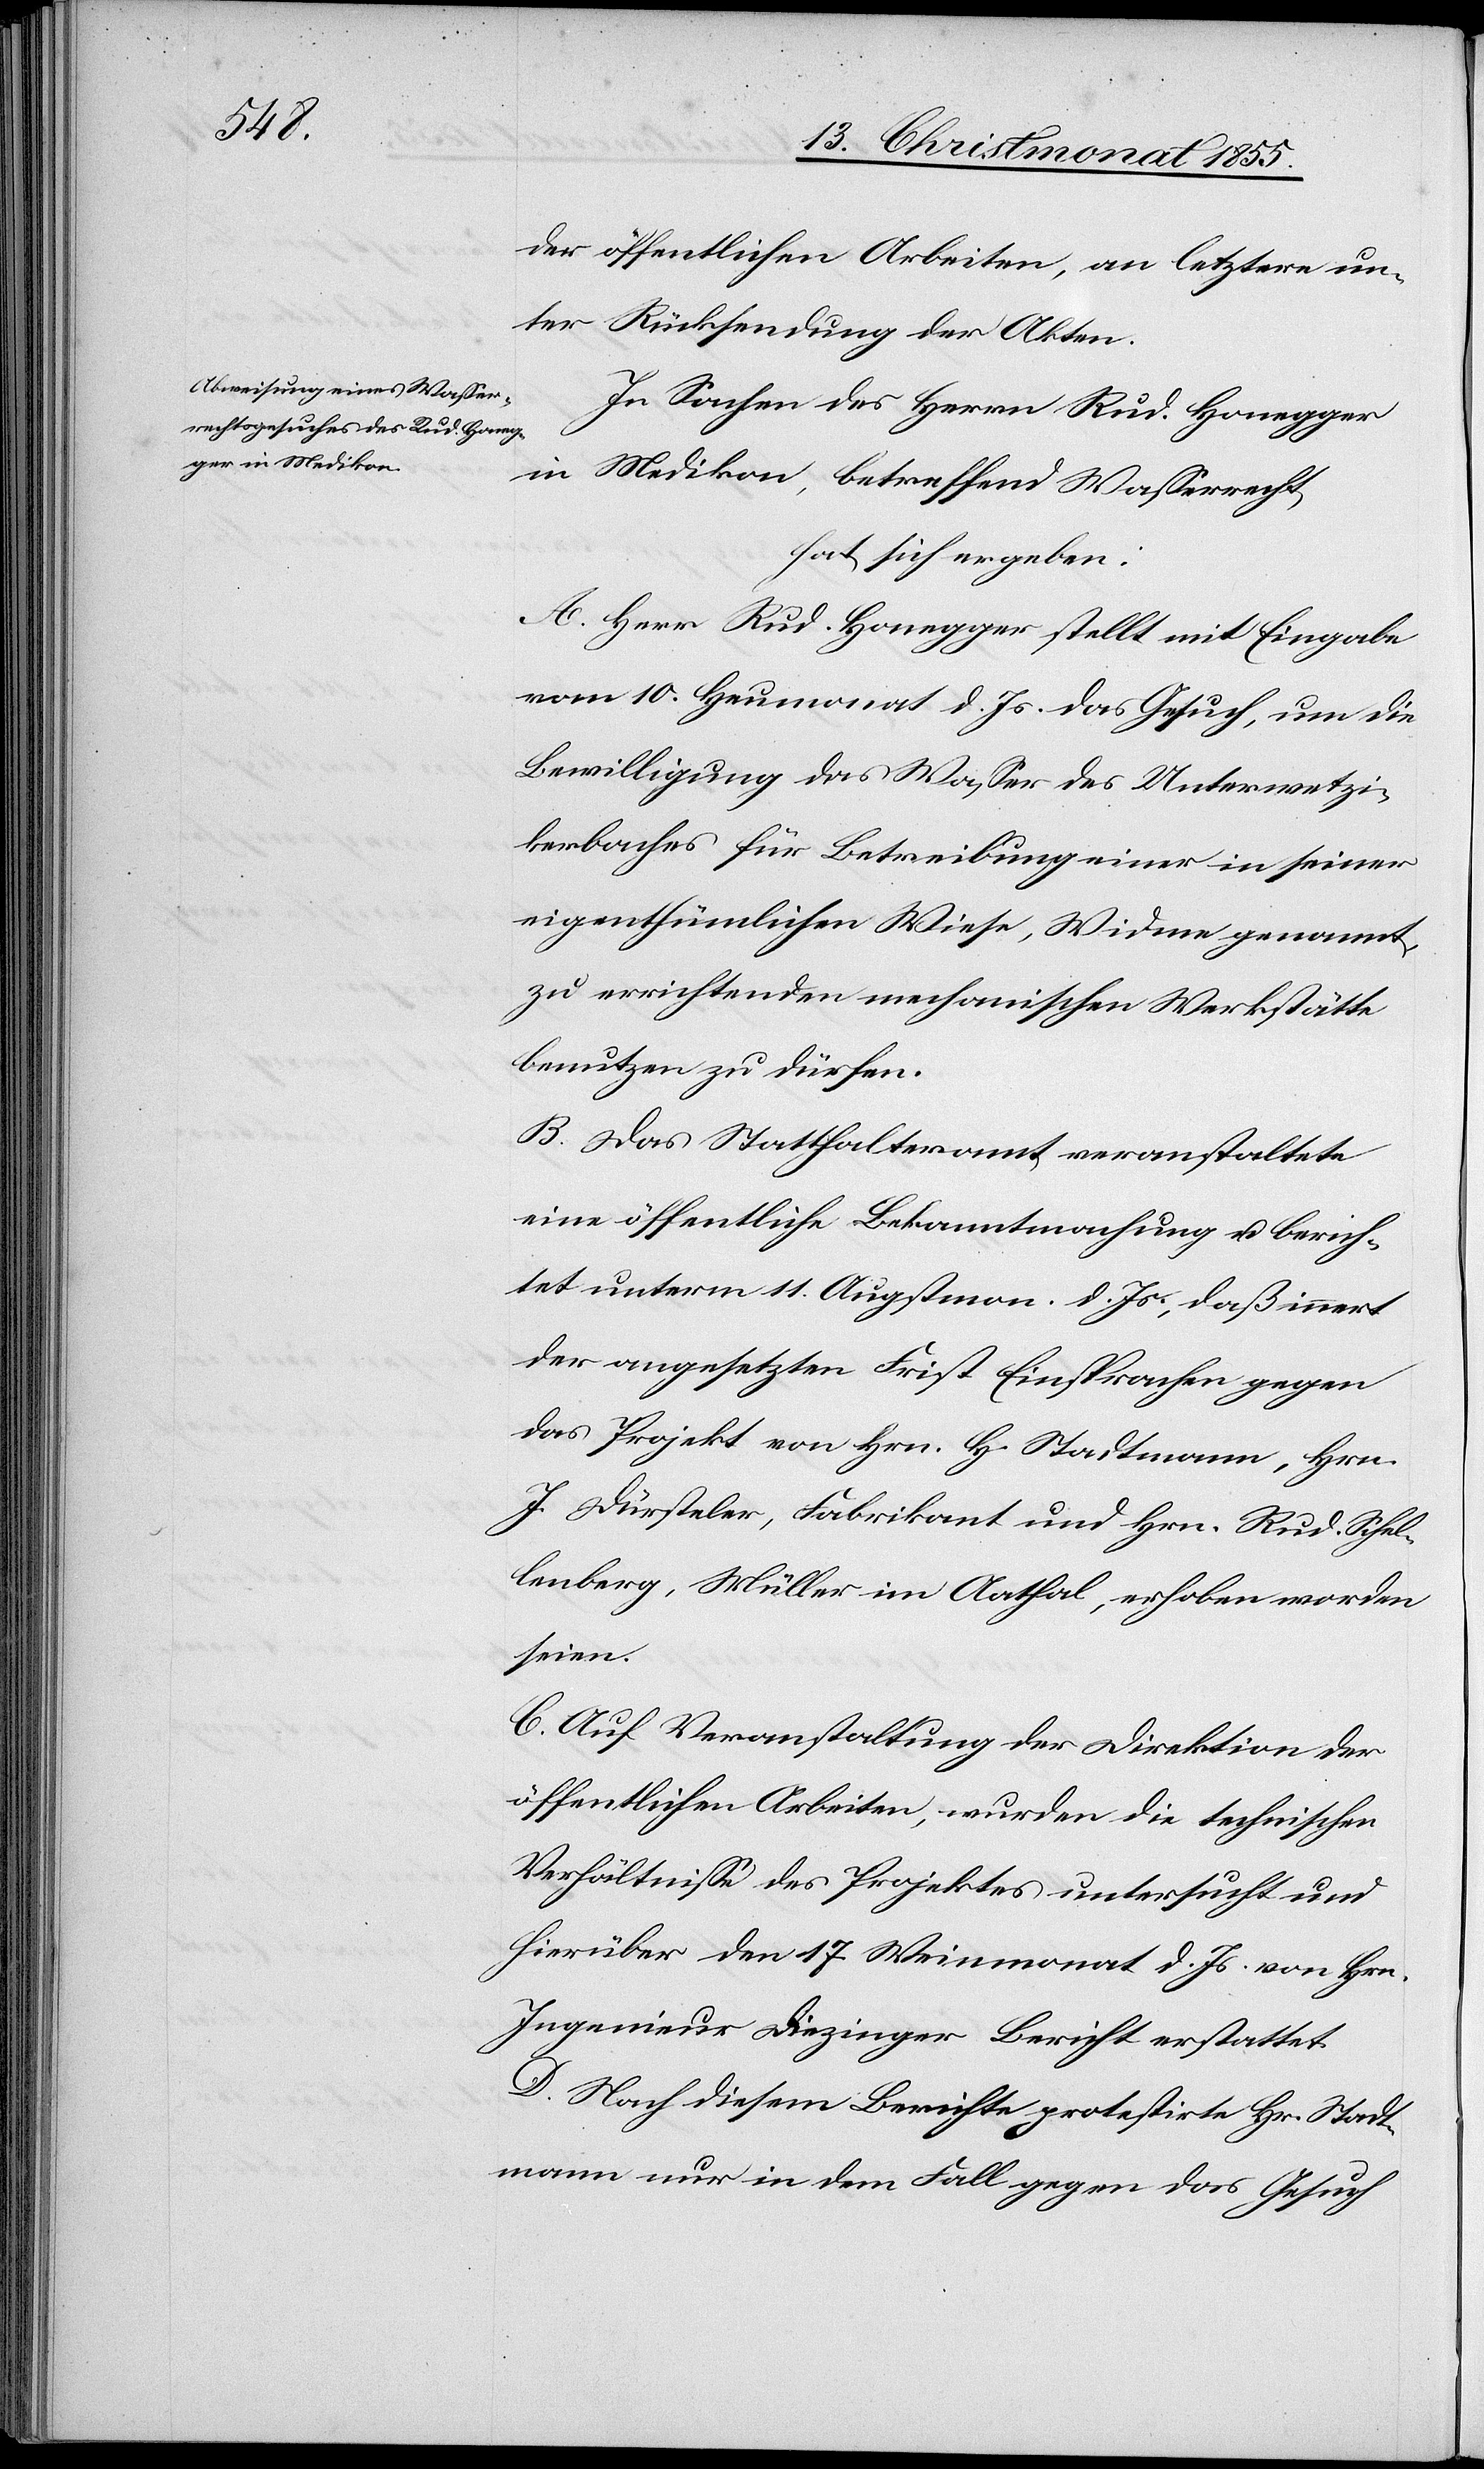
der öffentlichen Arbeiten, an letztere un¬
ter Rücksendung der Akten.
In Sachen des Herrn Rud. Honegger
in Medikon, betreffend Wasserrecht,
hat sich ergeben:
A. Herr Rud. Honegger stellt mit Eingabe
vom 10. Heumonat d. Js. das Gesuch, um die
Bewilligung das Wasser des Unterwetzi¬
kerbaches für Betreibung einer in seiner
eigenthümlichen Wiese, Widme genannt,
zu errichtenden mechanischen Werkstätte
benutzen zu dürfen.
B. Das Statthalteramt veranstaltete
eine öffentliche Bekanntmachung u. berich¬
tet unterm 11. Augstmon. d. Js., daß innert
der angesetzten Frist Einsprachen gegen
das Projekt von Hrn. H. Stadtmann, Hrn.
J. Dürsteler, Fabrikant und Hrn. Rud. Schel¬
lenberg, Müller im Aathal, erhoben worden
seien.
C. Auf Veranstaltung der Direktion der
öffentlichen Arbeiten, wurden die technischen
Verhältnisse des Projektes untersucht und
hierüber den 17. Weinmonat d. Js. von Hrn.
Ingenieur Diezinger Bericht erstattet.
D. Nach diesem Berichte protestirte Hr. Stadt¬
mann nur in dem Fall gegen das Gesuch